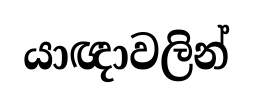
යාඥාවලින්